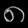
Digit: ၈